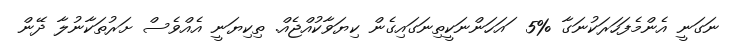
ނަގަނީ އެންމެފަހަރަކުނަގާ %5  ައަހަންނަކީތިނަގައިގެން ކިޔަވާކުއްޖެއް. ތިކިޔަނީ އެއްވެސް ށަރުތަކާނުލާ ދޭން